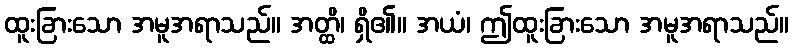
ထူးခြားသော အမူအရာသည်။ အတ္ထိ၊ ရှိ၏။ အယံ၊ ဤထူးခြားသော အမူအရာသည်။